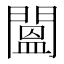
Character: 𨵷